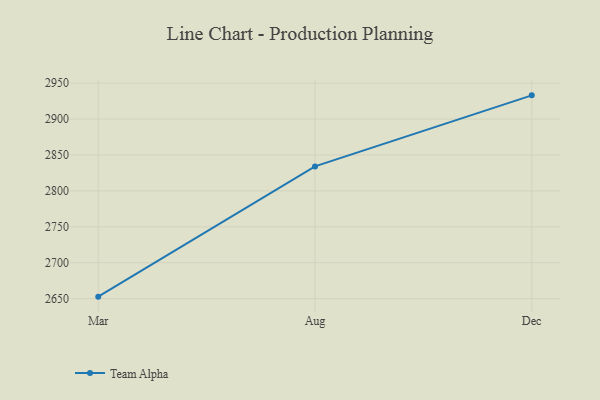
{"axis": {"x": "Month", "y": "Demand Index"}, "legend": ["Team Alpha"], "data": [{"x": "Mar", "y": 2652.8, "type": "Team Alpha"}, {"x": "Aug", "y": 2834.1, "type": "Team Alpha"}, {"x": "Dec", "y": 2933.0, "type": "Team Alpha"}]}